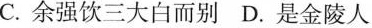
C.余强饮三大白而别D.是金陵人